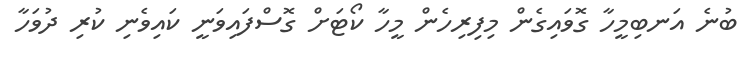
ބުނެ އަނބިމީހާ ގޮވައިގެން މިފިރިހެން މީހާ ކޯޓަށް ގޮސްފައިވަނީ ކައިވެނި ކުރި ދުވަހާ